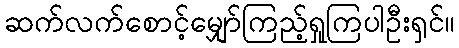
ဆက်လက်စောင့်မျှော်ကြည့်ရှုကြပါဦးရှင်။